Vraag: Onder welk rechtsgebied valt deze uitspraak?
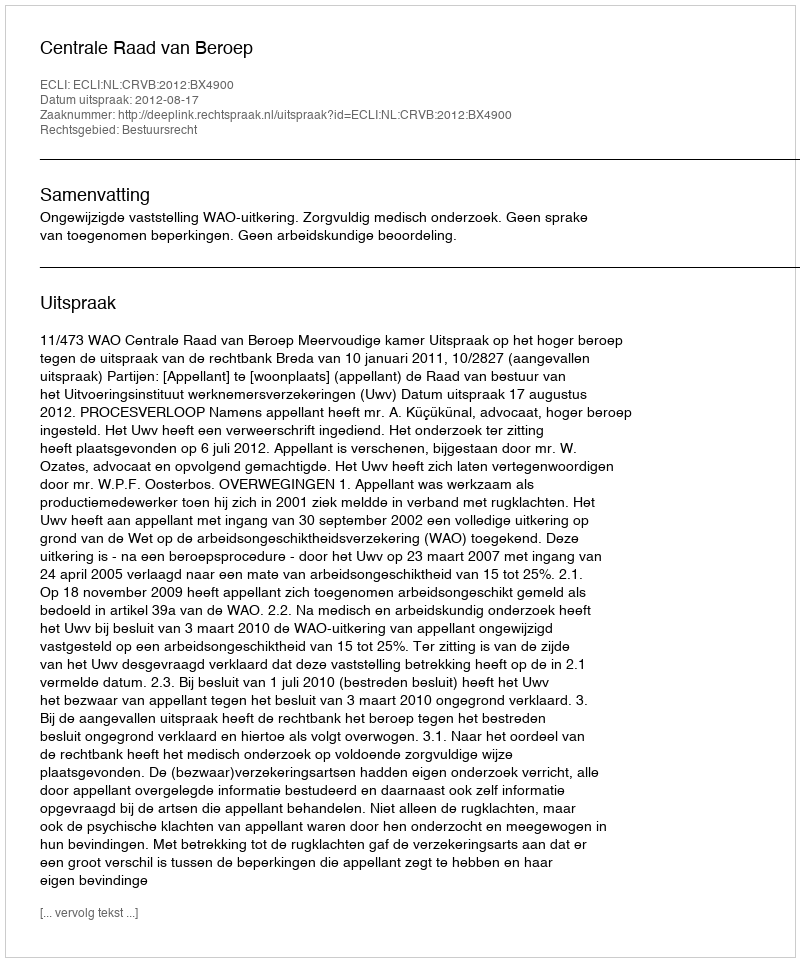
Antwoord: Bestuursrecht